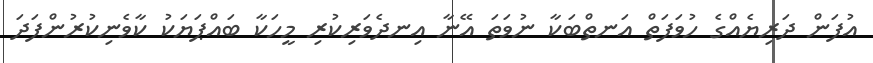
އުފަން ދަރިޔެއްގެ ހުވަފަތް އަނތްބަކާ ނުވަތަ އޭނާ އިނދެވަރިކުރި މީހަކާ ބައްޕަޔަކު ކާވެނިކުރުންފަދަ